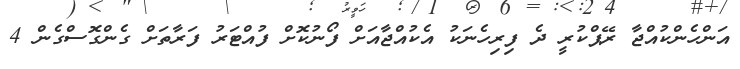
އަންހެންކުއްޖާ ރޭޕްކުރީ ދެ ފިރިހެނަކު އެކުއްޖާއަށް ފޯނުކޮށް ފުއްޓަރު ފަރާތަށް ގެންގޮސްގެން 4